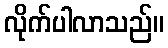
လိုက်ပါလာသည်။